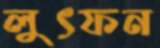
লুৎফন